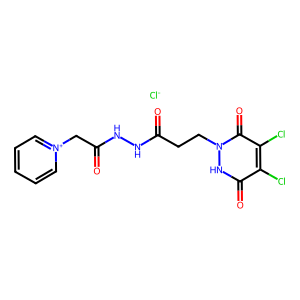
SMILES: O=C(CCn1[nH]c(=O)c(Cl)c(Cl)c1=O)NNC(=O)C[n+]1ccccc1.[Cl-]
Inhibits HIV replication: No